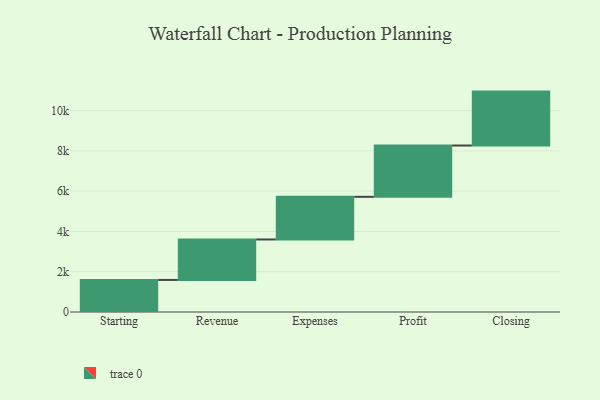
{"axis": {"x": "Step", "y": "Value"}, "legend": [""], "data": [{"x": "Starting", "y": 1592.0, "type": ""}, {"x": "Revenue", "y": 2009.0, "type": ""}, {"x": "Expenses", "y": 2119.0, "type": ""}, {"x": "Profit", "y": 2547.0, "type": ""}, {"x": "Closing", "y": 2677.0, "type": ""}]}